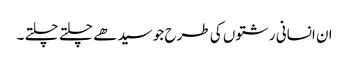
ان انسانی رشتوں کی طرح جو سیدھے چلتے چلتے ۔